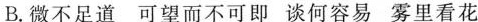
B.微不足道 可望而不可即 谈何容易 雾里看花